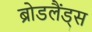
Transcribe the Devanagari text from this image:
ब्रोडलैंड्स